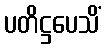
ပတိဋ္ဌပေသိံ